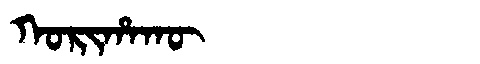
Manchu: ᡴᠣᡵᡳᡥᠠᡴᡡ
Romanization: KORIHAKŪ